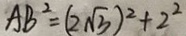
A B ^ { 2 } = ( 2 \sqrt { 3 } ) ^ { 2 } + 2 ^ { 2 }